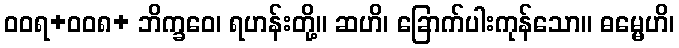
ဝဝရ+ဝဝ၈+ ဘိက္ခဝေ၊ ရဟန်းတို့။ ဆဟိ၊ ခြောက်ပါးကုန်သော။ ဓမ္မေဟိ၊